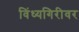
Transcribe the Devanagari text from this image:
विंध्यगिरीवर